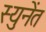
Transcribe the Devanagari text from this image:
स्युनेंत